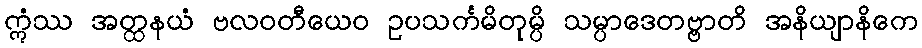
ဣံဿ အတ္ထနယံ ဗလဝတီယေဝ ဥပသင်္ကမိတုမ္ပိ သမ္ပာဒေတဗ္ဗာတိ အနိယျာနိကေ